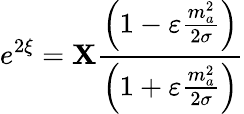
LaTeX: e^{2\xi}=\mathbf{X}\frac{{\left(1-\varepsilon\frac{{m_{a}^{2}}}{{2\sigma}}\right)}}{{\left(1+\varepsilon\frac{{m_{a}^{2}}}{{2\sigma}}\right)}}